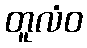
တူလံဝ